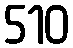
510